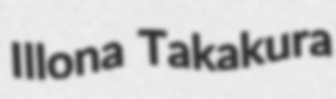
Illona Takakura